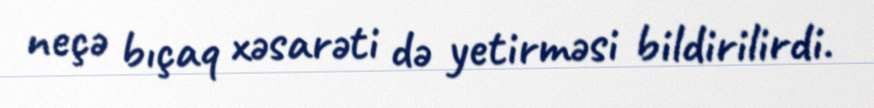
neçə bıçaq xəsarəti də yetirməsi bildirilirdi.